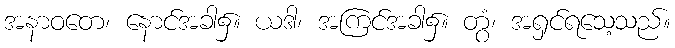
အနာဝတေ၊ နောင်အခါ၌။ ယဒါ၊ အကြင်အခါ၌။ တွံ၊ အရှင်ရသေ့သည်။